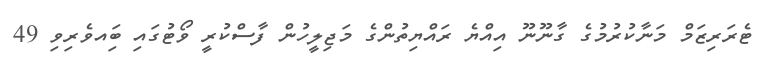
ޓެރަރިޒަމް މަނާކުރުމުގެ ގާނޫނޫ އިއްޔެ ރައްޔިތުންގެ މަޖިލީހުން ފާސްކުރީ ވޯޓުގައި ބަިއވެރިވި 49